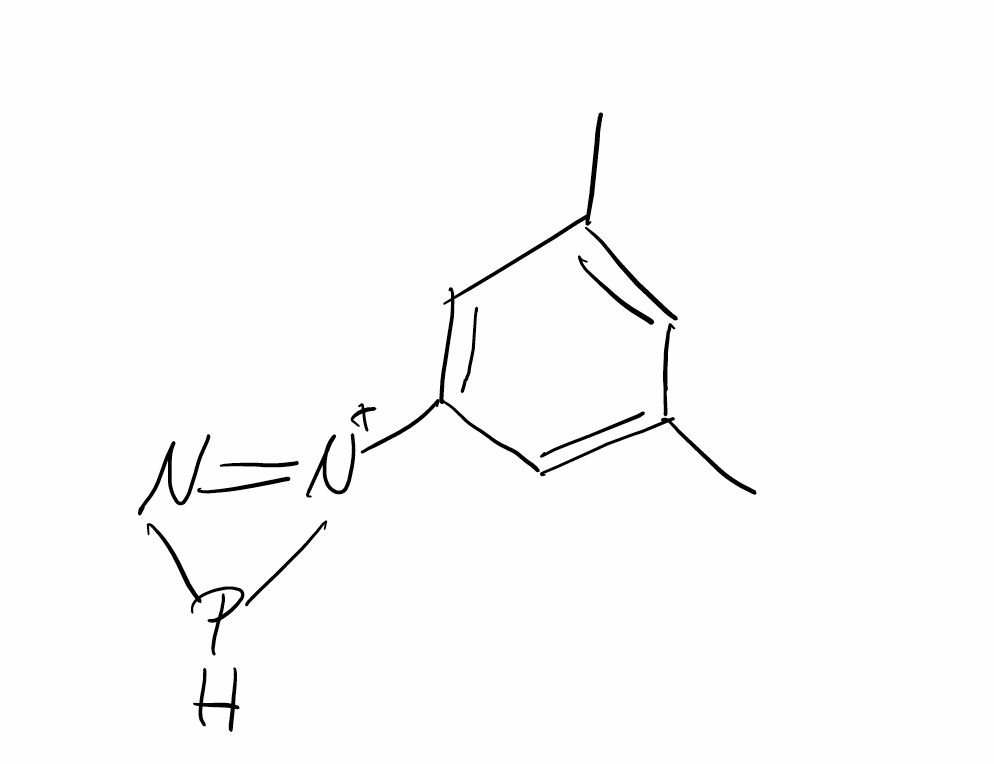
Simplified molecular-input line-entry system (SMILES) notation of the given molecule:
CC1=CC(=CC(=C1)[N+]2=NP2)C